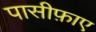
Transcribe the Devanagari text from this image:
पासीफ़ाए